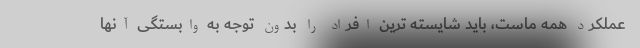
عملکرد همه ماست، باید شایسته ترین افراد را بدون توجه به وابستگی آنها